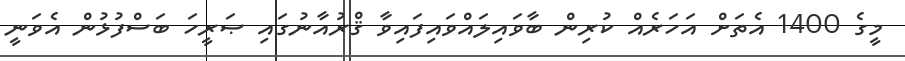
މީގެ 1400 އެތަށް އަހަރެއް ކުރިން ބާވައިލައްވައިފައިވާ ޤްރުއާނުގައި ޞަރީހަ ބަސްފުޅުން އެވަނީ